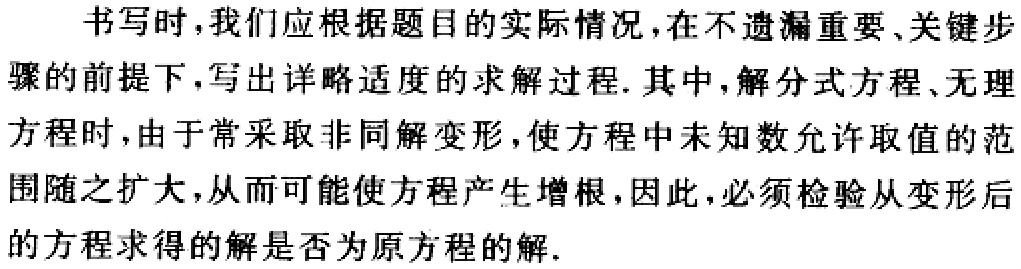
书写时，我们应根据题目的实际情况，在不遗漏重要、关键步骤的前提下，写出详略适度的求解过程. 其中，解分式方程、无理方程时，由于常采取非同解变形，使方程中未知数允许取值的范围随之扩大，从而可能使方程产生增根，因此，必须检验从变形后的方程求得的解是否为原方程的解.